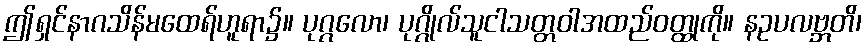
ဤရှင်နာဂသိန်မထေရ်ဟူရာ၌။ ပုဂ္ဂလော၊ ပုဂ္ဂိုလ်သူငါသတ္တဝါအထည်ဝတ္ထုကို။ နဥပလဗ္ဘတိ၊